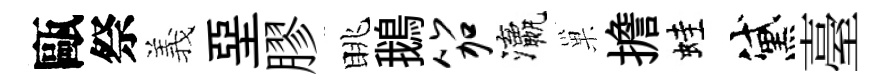
甌祭義堊膠眺鵝笳瀛巢擔蛙黛臺